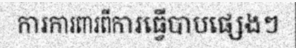
ការការពារពីការធ្វើបាបផ្សេងៗ